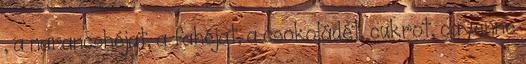
, a narancshéjat, a fahéjat, a csokoládét, cukrot, cayenne